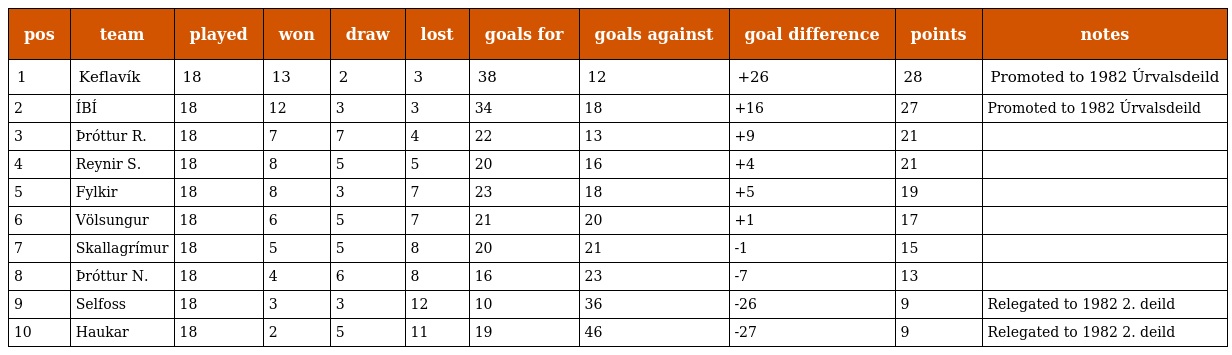
| pos | team | played | won | draw | lost | goals for | goals against | goal difference | points | notes |
 | --- | --- | --- | --- | --- | --- | --- | --- | --- | --- | --- |
 | 1 | Keflavík | 18 | 13 | 2 | 3 | 38 | 12 | +26 | 28 | Promoted to 1982 Úrvalsdeild |
 | 2 | ÍBÍ | 18 | 12 | 3 | 3 | 34 | 18 | +16 | 27 | Promoted to 1982 Úrvalsdeild |
 | 3 | Þróttur R. | 18 | 7 | 7 | 4 | 22 | 13 | +9 | 21 |  |
 | 4 | Reynir S. | 18 | 8 | 5 | 5 | 20 | 16 | +4 | 21 |  |
 | 5 | Fylkir | 18 | 8 | 3 | 7 | 23 | 18 | +5 | 19 |  |
 | 6 | Völsungur | 18 | 6 | 5 | 7 | 21 | 20 | +1 | 17 |  |
 | 7 | Skallagrímur | 18 | 5 | 5 | 8 | 20 | 21 | -1 | 15 |  |
 | 8 | Þróttur N. | 18 | 4 | 6 | 8 | 16 | 23 | -7 | 13 |  |
 | 9 | Selfoss | 18 | 3 | 3 | 12 | 10 | 36 | -26 | 9 | Relegated to 1982 2. deild |
 | 10 | Haukar | 18 | 2 | 5 | 11 | 19 | 46 | -27 | 9 | Relegated to 1982 2. deild |